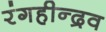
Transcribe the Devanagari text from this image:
रंगहीन्द्रव